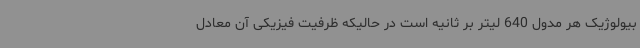
بیولوژیک هر مدول 640 لیتر بر ثانیه است در حالیکه ظرفیت فیزیکی آن معادل